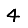
Digit: 4